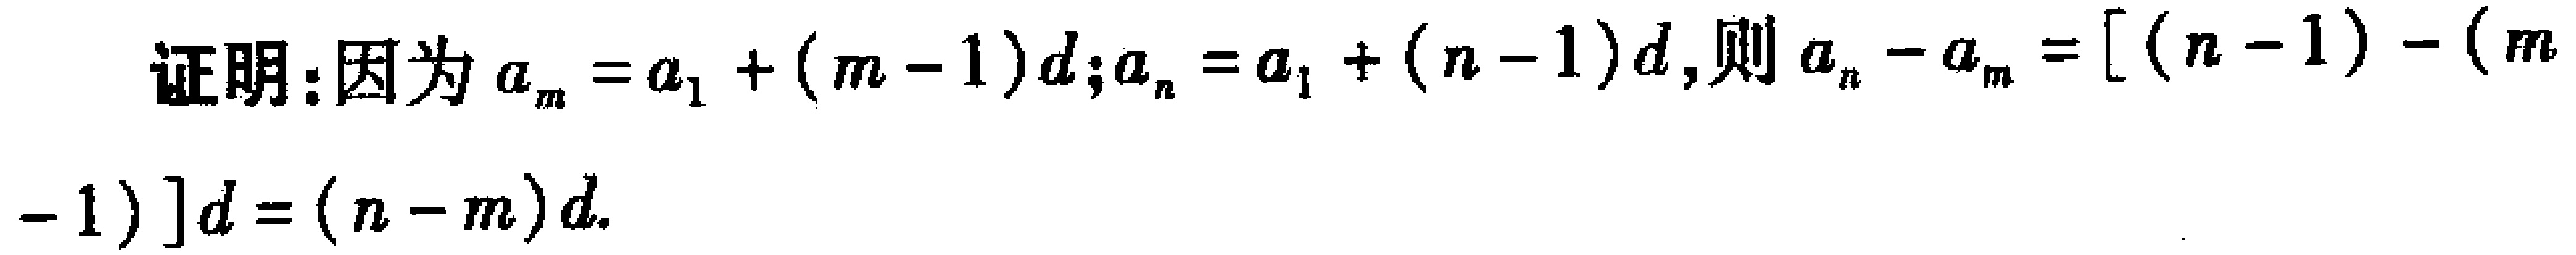
证明：因为\(a_{m}=a_{1}+(m - 1)d\);\(a_{n}=a_{1}+(n - 1)d\),则\(a_{n}-a_{m}=[(n - 1)-(m - 1)]d=(n - m)d\).